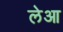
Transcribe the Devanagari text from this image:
लेआ